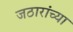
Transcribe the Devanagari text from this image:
जठारांच्या